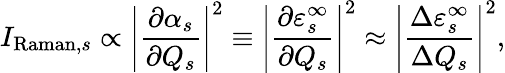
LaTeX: I_{\mathrm{Raman},s}\propto\left|\frac{\partial\alpha_{s}}{\partial Q_{s}}\right|^{2}\equiv\left|\frac{\partial\varepsilon_{s}^{\infty}}{\partial Q_{s}}\right|^{2}\approx\left|\frac{\Delta\varepsilon_{s}^{\infty}}{\Delta Q_{s}}\right|^{2},